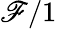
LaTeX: \mathscr{F}/1